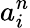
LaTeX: a_{i}^{n}